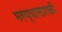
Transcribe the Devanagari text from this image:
भरण्यासारखी